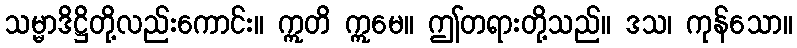
သမ္မာဒိဋ္ဌိတို့လည်းကောင်း။ ဣတိ ဣမေ။ ဤတရားတို့သည်။ ဒသ၊ ကုန်သော။